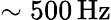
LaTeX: \sim{500}\, \mathrm{Hz}